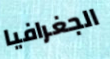
الجغرافيا